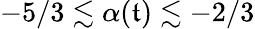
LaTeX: -5/3\lesssim\alpha(\mathfrak{t})\lesssim-2/3